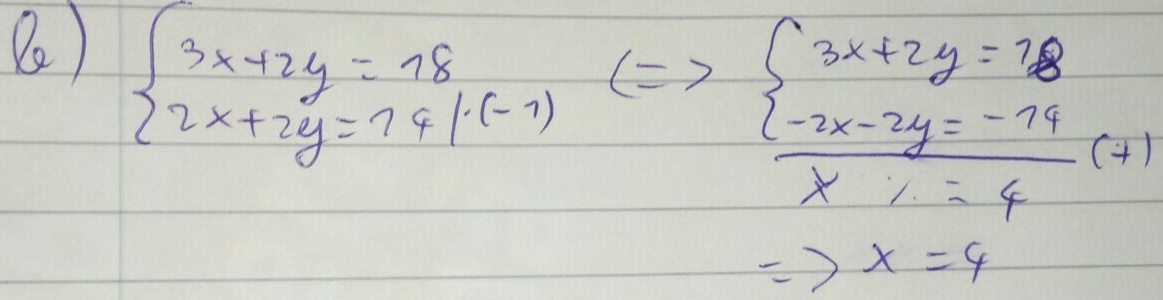
b) \(\begin{cases}3x + 2y = 18 \\ 2x + 2y=14\end{cases}\cdot(-1)\Leftrightarrow\begin{cases}3x + 2y = 18 \\ -2x - 2y=-14 \\+\end{cases}\)
\(\hline x=4\)
\(\Rightarrow x = 4\)